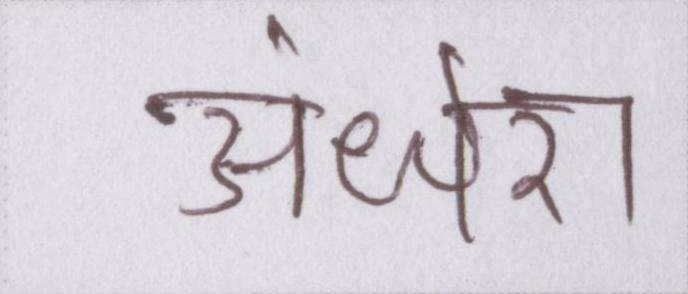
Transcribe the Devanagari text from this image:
अंधेरा